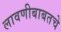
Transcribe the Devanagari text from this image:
लावणीबाबतचे